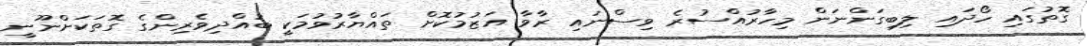
ގޮތުގައި ހޯދައި ލިބިގަންނަން މިހާރުއްސުރެ ވިސްނައި ރާވާ އަޒުމުކޮށް ތައްޔާރުވުމަކީ ބުއްދިވެރިންގެ ގޮތަކަށްނޫނީ